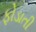
ફોડાતી